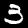
Digit: 3